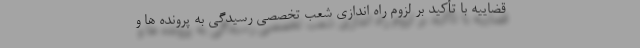
قضاییه با تأکید بر لزوم راه اندازی شعب تخصصی رسیدگی به پرونده ها و